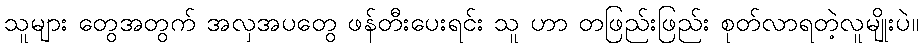
သူများ တွေအတွက် အလှအပတွေ ဖန်တီးပေးရင်း သူ ဟာ တဖြည်းဖြည်း စုတ်လာရတဲ့လူမျိုးပဲ။